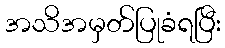
အသိအမှတ်ပြုခံရပြီး